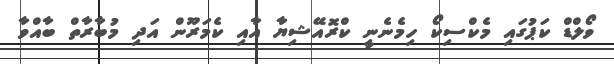
ވޯލްޑް ކަޕުގައި މެކްސިކޯ ހިމެނެނީ ކްރޮއޭޝިޔާ އާއި ކެމަރޫން އަދި މުބާރާތް ބާއްވާ